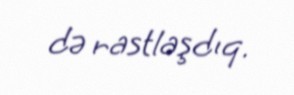
də rastlaşdıq.